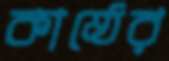
কাষ্ঠের